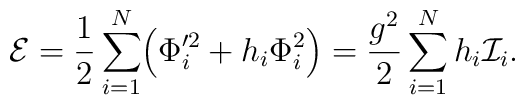
{\cal E} = {1\over 2} \sum_{i=1}^N \Bigl( \Phi_i'^2 + h_i\Phi_i^2\Bigr) ={g^2\over 2}\sum_{i=1}^N h_i{\cal I}_i.